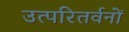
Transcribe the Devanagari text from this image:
उत्परितर्वनों